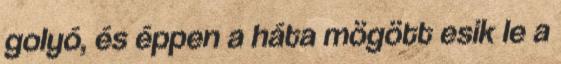
golyó, és éppen a háta mögött esik le a